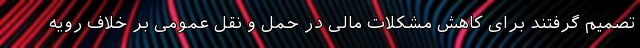
تصمیم گرفتند برای کاهش مشکلات مالی در حمل و نقل عمومی بر خلاف رویه